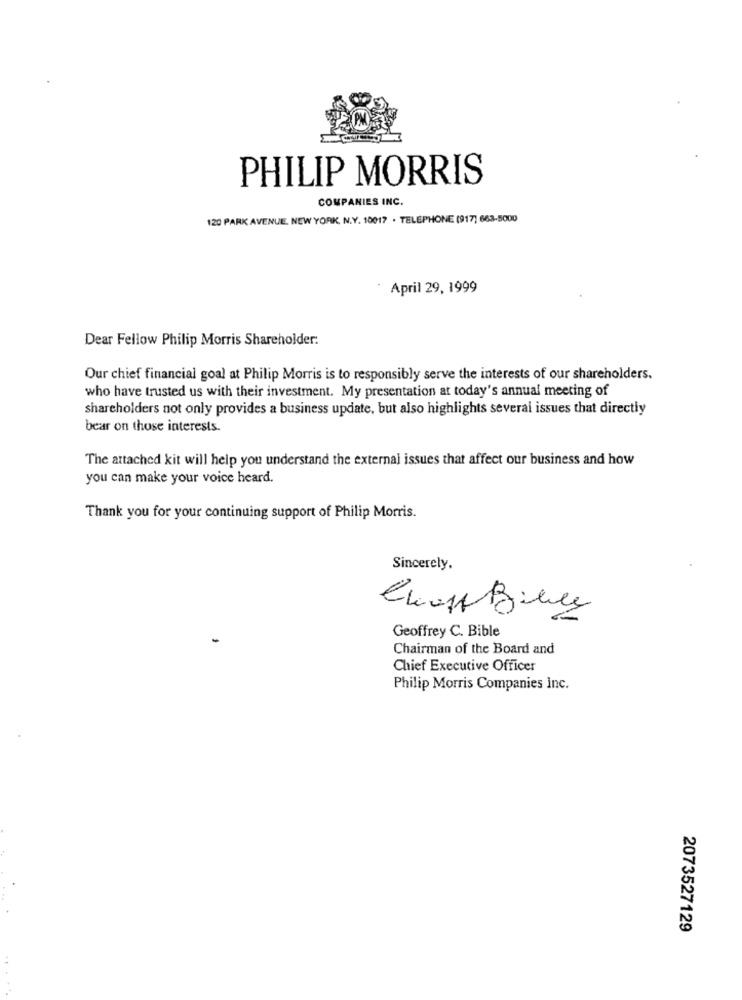
PHILIP MORRIS
COMPANIES INC.
120 PARK AVENUE, NEW YORK, N.Y. 10017 . TELEPHONE (917] 663-5000
April 29, 1999
Dear Fellow Philip Morris Shareholder.
Our chief financial goal at Philip Morris is to responsibly serve the interests of our shareholders.
who have trusted us with their investment. My presentation at today's annual meeting of
shareholders not only provides a business update, but also highlights several issues that directly
bear on those interests.
The attached kit will help you understand the external issues that affect our business and how
you can make your voice heard.
Thank you for your continuing support of Philip Morris.
Sincerely.
Geoffrey C. Bible
Chairman of the Board and
Chief Executive Officer
Philip Morris Companies inc.
2073527129